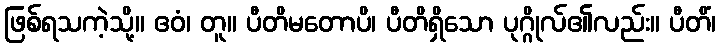
ဖြစ်ရသကဲ့သို့။ ဧဝံ၊ တူ။ ပီတိမတောပိ၊ ပီတိရှိသော ပုဂ္ဂိုလ်၏လည်း။ ပီတိံ၊